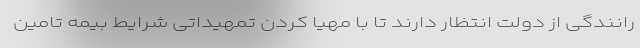
رانندگی از دولت انتظار دارند تا با مهیا کردن تمهیداتی شرایط بیمه تامین